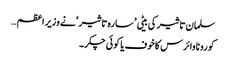
سلمان تاثیر کی بیٹی ’ سارہ تاثیر ‘ نے وزیر اعظم…
کورونا وائرس کاخوف یا کوئی چکر۔